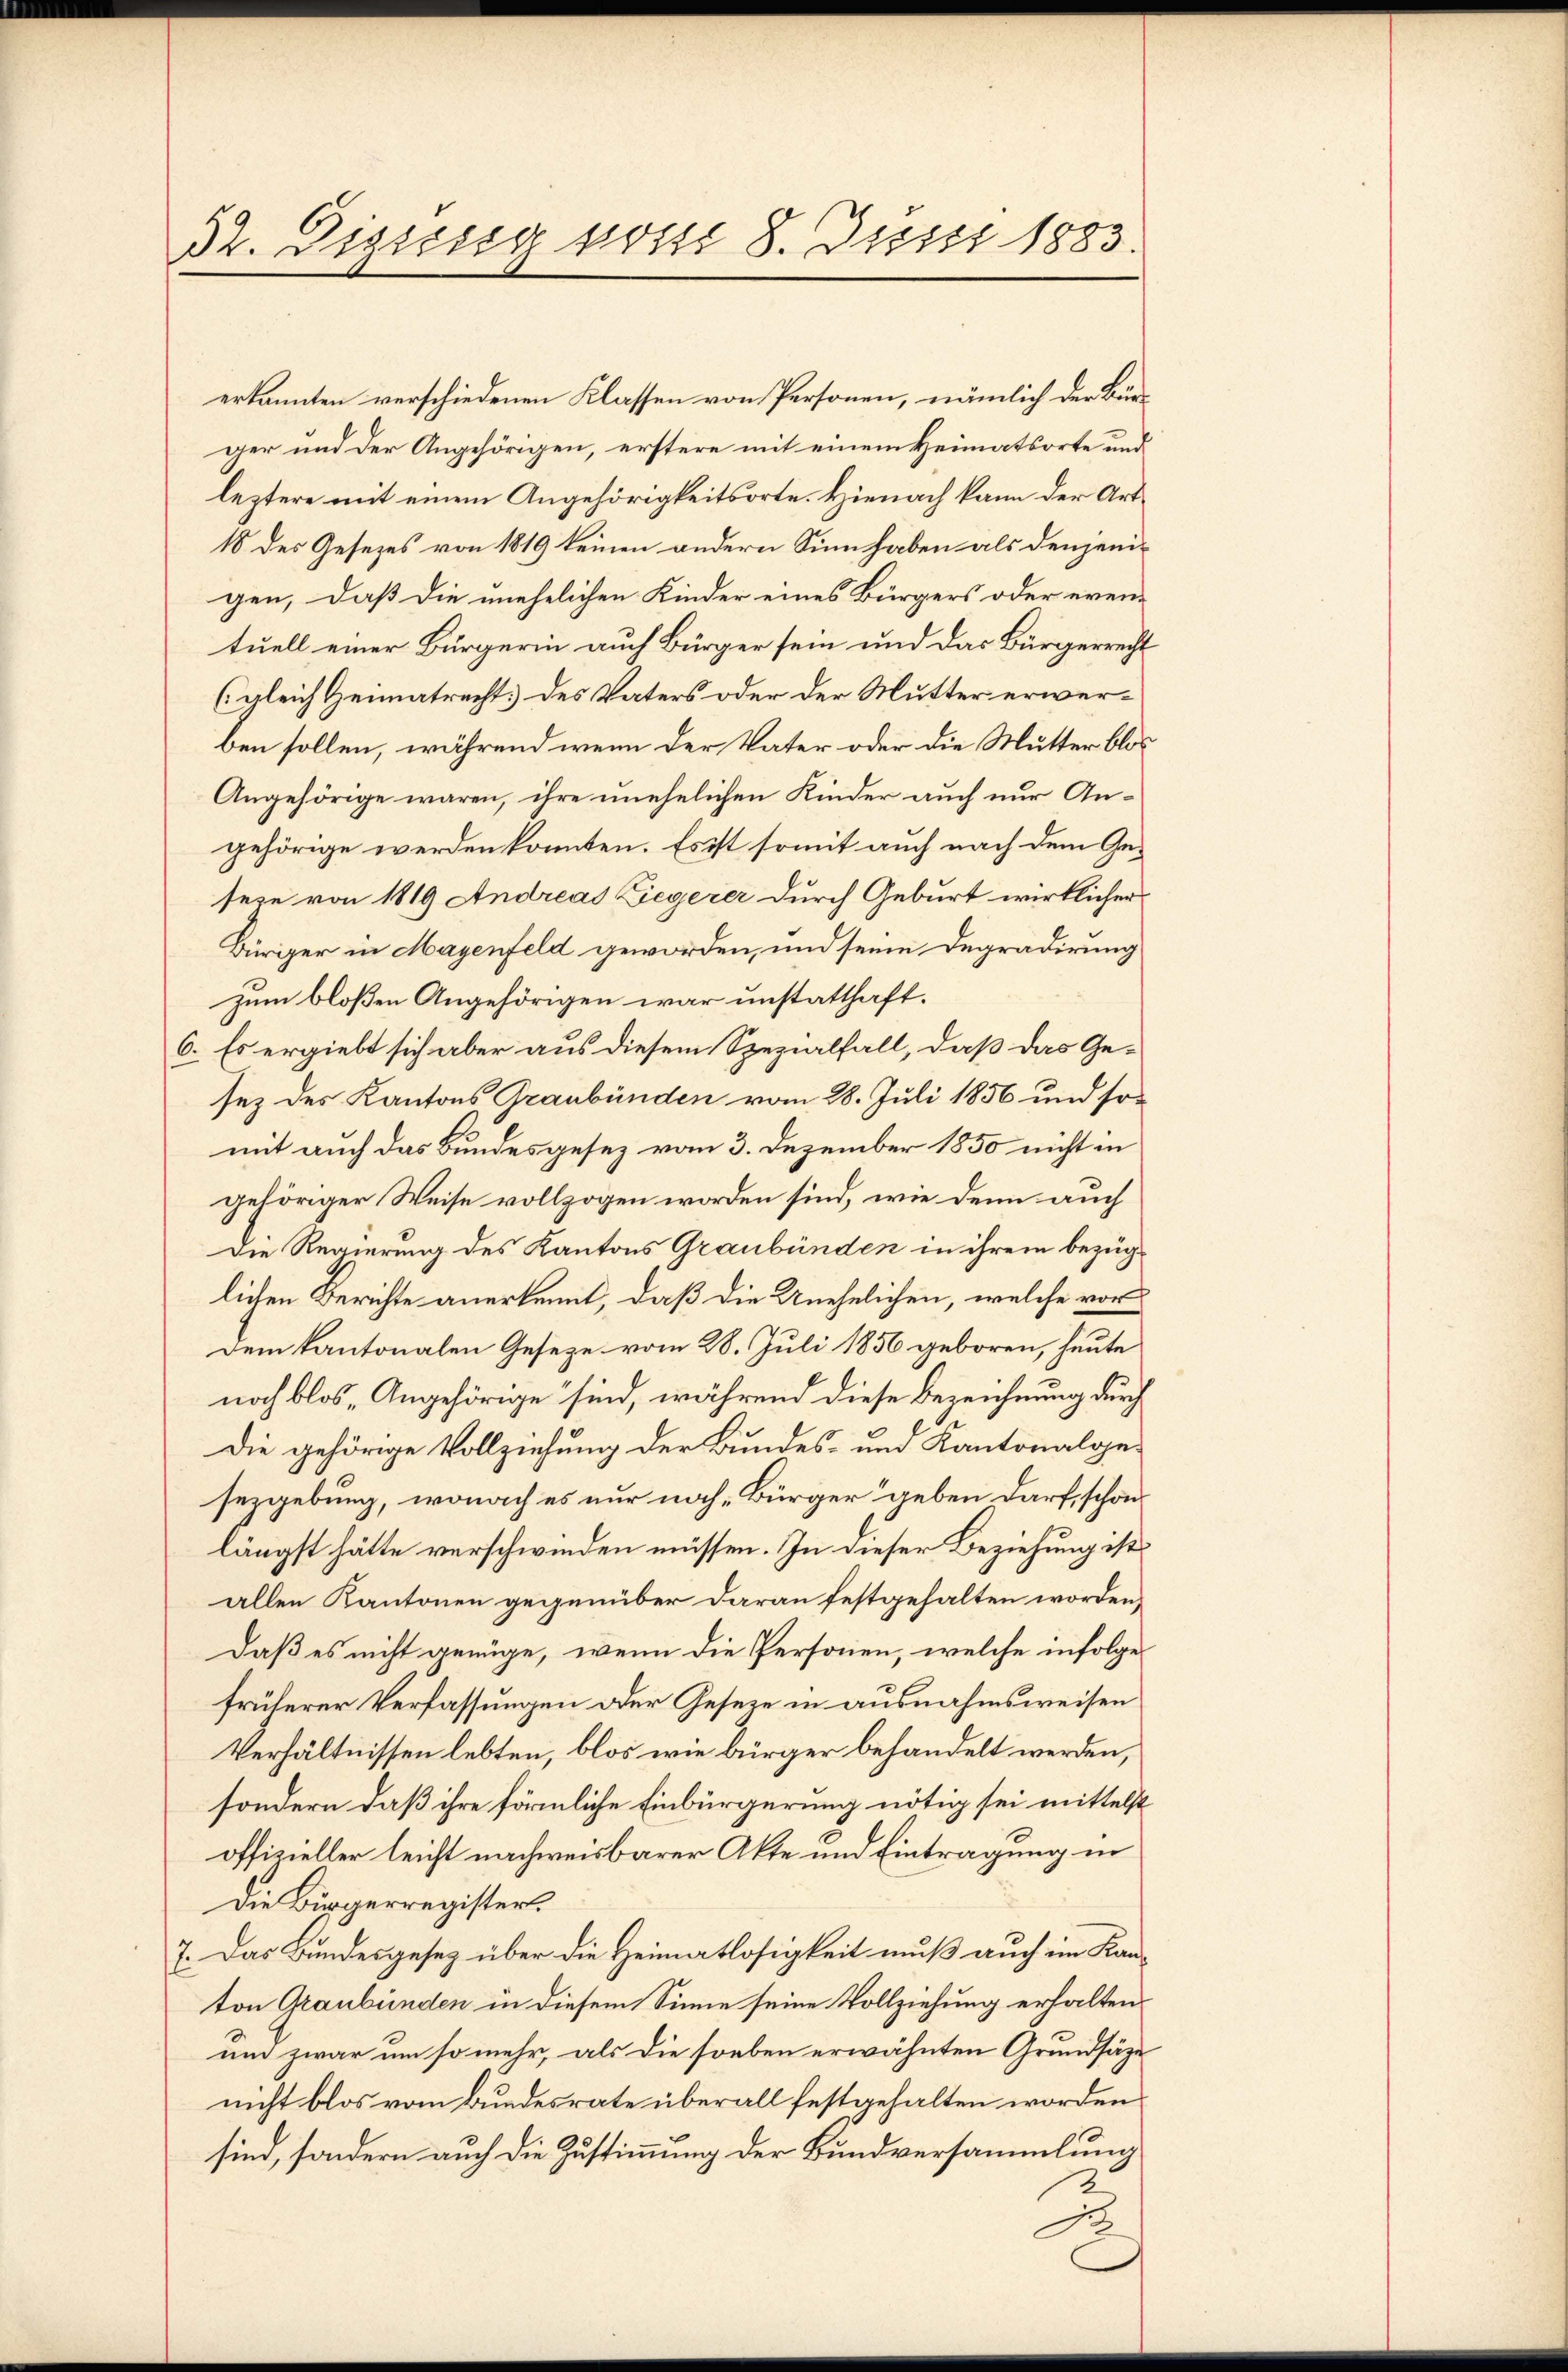
52. Dissessg vom 8. Jussi 1883.

erkannten verschiedenen Klassen von Personen, nämlich der Bürger und der Angehörigen, erstere mit einem Heimatsorte und
leztere mit einem Angehörigkeitsorte. Hienach kann der Art¬
18 des Gesezes von 1819 keinen andern Sinn haben als denjenigen, daß die unehelichen Kinder eines Bürgers oder even-
tuell einer Bürgerin auch Bürger sein und das Bürgerrecht
(gleich Heimatrecht des Vaters oder der Mutter erwerben sollen, während wenn der Vater oder die Mutter blos
Angehörige wären, ihre unehelichen Kinder auch nur Angehörige werden konnten. Es ist somit auch nach dem Gesere von 1819 Andreas Gegerer durch Geburt wirklicher
Büriger in Mayenfeld geworden, und seine Degradirung
zum bloßen Angehörigen war unstatthaft.
6. Es ergiebt sich aber aus diesem Spezialfall, daß das Gesez des Kantons Graubünden vom 28. Juli 1856 und somit auch das Bundesgesez vom 3. Dezember 1850 nicht in
gehöriger Weise vollzogen worden sind, wie denn auch
Die Regierung des Kantons Graubünden in ihrem bezüglichen Berichte anerkennt, daß die Unehelichen, welche vor
dem kantonalen Geseze vom 28. Juli 1856 geboren, heute
noch blos Angehörige sind, während diese Bezeichnung durch
Die gehörige Vollziehung der Bundes- und Kantonalgesezgebung, wonach es nur noch Bürger geben darf, schon
längst hätte verschwinden müssen. In dieser Beziehung ist
allen Kantonen gegenüber daran festgehalten worden,
Daß es nicht genüge, wenn die Personen, welche infolge
früherer Verfassungen der Geseze in ausnahmsweisen
Verhältnissen lebten, blos wie bürger behandelt werden,
sondern daß ihre förmliche Einbürgerung nötig sei mittelst
offizieller leicht nachweisbarer Akte und Eintragung in
Die Bürgerregister.
7. Das Bundesgesetz über die Heimatlosigkeit muß auch im Kanton Graubünden in diesem Sinne seine Vollziehung erhalten
und zwar um so mehr, als die soeben erwähnten Grundsätze
nicht blos vom Bundesrate überall festgehalten worden
sind, sondern auch die Zustimmung der Bundversammlung